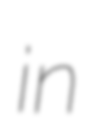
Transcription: in